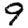
Digit: 9